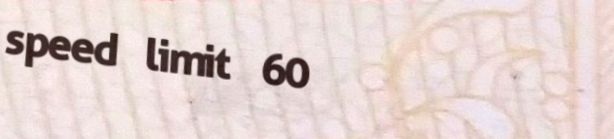
speed limit 60